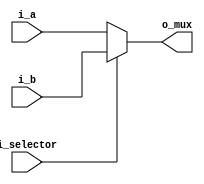
`timescale 1ns / 1ps
//////////////////////////////////////////////////////////////////////////////////
// Company: 
// Engineer: 
// 
// Design Name: 
// Module Name: mux_pc
// Project Name: 
// Target Devices: 
// Tool Versions: 
// Description: 
// 
// Dependencies: 
// 
// Revision:
// Revision 0.01 - File Created
// Additional Comments:
// 
//////////////////////////////////////////////////////////////////////////////////


module mux
    #(
        parameter LEN = 32
     )
     (
        input [LEN-1:0] i_a,
        input [LEN-1:0] i_b,
        input i_selector,
        output [LEN-1:0] o_mux
     );
     
     assign o_mux = (i_selector) ? i_b : i_a;
     
endmodule